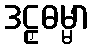
ဒဠှဓမ္မာ